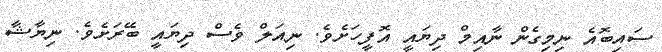
ސައިބޮއެ ނިމިގެން ނާއިމް ދިޔައީ އޮފީހަށެވެ. ނިއަލް ވެސް ދިޔައީ ބޭރަށެވެ. ނިޔާޝާ